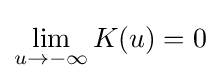
\lim _{u\to -\infty }K(u)=0